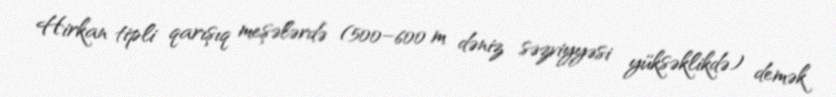
Hirkan tipli qarışıq meşələrdə (500–600 m dəniz səzviyyəsi yüksəklikdə) demək